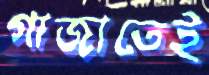
গাজাতেই